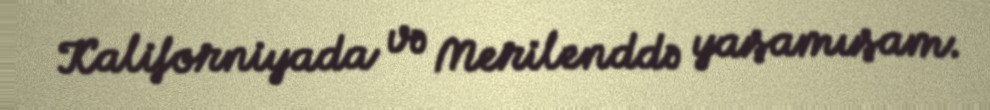
Kaliforniyada və Merilenddə yaşamışam.